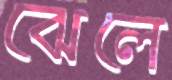
ঝেলে